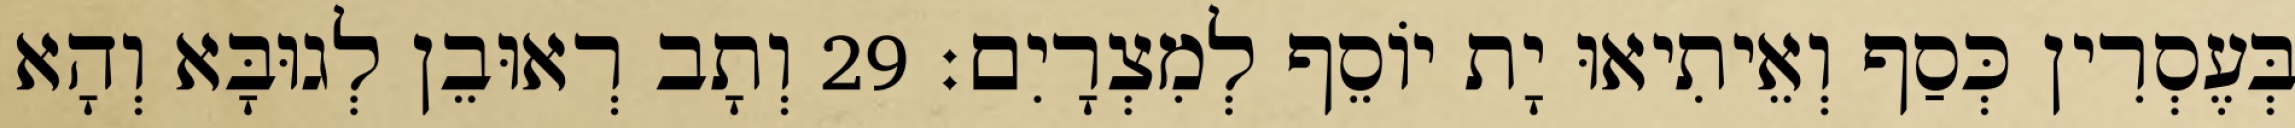
בְּעֶסְרִין כְּסַף וְאֵיתִיאוּ יָת יוֹסֵף לְמִצְרָיִם׃ 29 וְתָב רְאוּבֵן לְגוּבָּא וְהָא